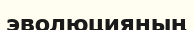
эволюцияның